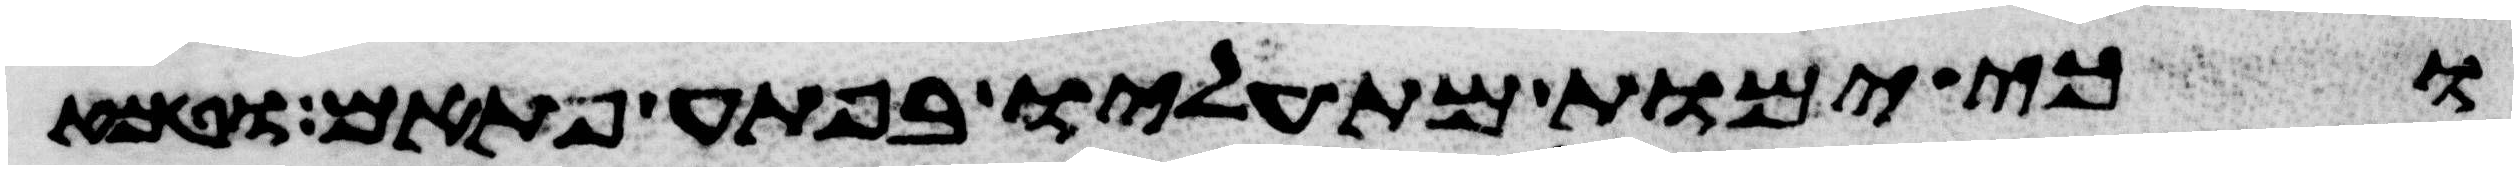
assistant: וכי ימות מת עליו בפתע פתאם וטמא